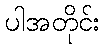
ပါအတိုင်း